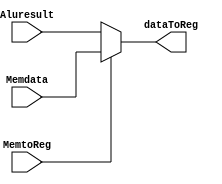
module muxMemtoReg (
    input MemtoReg,//control signal 
    input [31:0]Aluresult,//result from alu
    input [31:0]Memdata,//result get from memory
    output wire [31:0]dataToReg

);
assign dataToReg=MemtoReg?Memdata:Aluresult;//if 1,memory data to register,else alu result to register


endmodule //muxMemtoReg